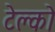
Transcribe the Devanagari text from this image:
टेल्‍को